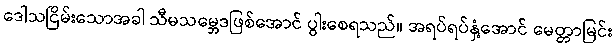
ဒေါသငြိမ်းသောအခါ သီမသမ္ဘေဒဖြစ်အောင် ပွါးစေရသည်။ အရပ်ရပ်နှံ့အောင် မေတ္တာမြင်း